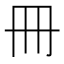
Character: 冊